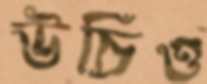
উচিও